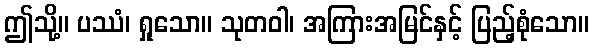
ဤသို့။ ပဿံ၊ ရှုသော။ သုတဝါ၊ အကြားအမြင်နှင့် ပြည့်စုံသော။